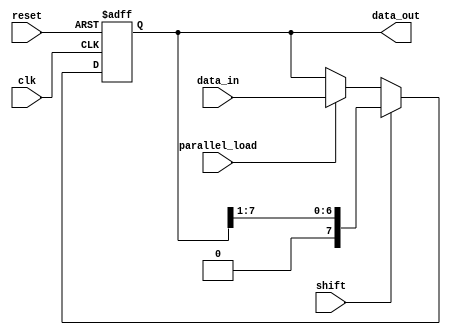
module shift_register (
    input clk,
    input reset,
    input shift,
    input parallel_load,
    input [7:0] data_in,
    output [7:0] data_out
);

reg [7:0] reg_data;

always @ (posedge clk or posedge reset) begin
    if (reset) begin
        reg_data <= 8'b0;
    end else if (shift) begin
        if (shift == 1'b1) begin // shift right
            reg_data <= {1'b0, reg_data[7:1]};
        end else begin // shift left
            reg_data <= {reg_data[6:0], 1'b0};
        end
    end else if (parallel_load) begin
        reg_data <= data_in;
    end
end

assign data_out = reg_data;

endmodule